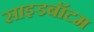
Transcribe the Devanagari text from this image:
साइडबॉटम